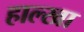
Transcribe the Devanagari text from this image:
हाल्खा